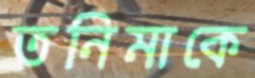
তনিমাকে